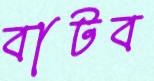
বাটব